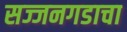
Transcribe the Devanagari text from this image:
सज्जनगडाचा